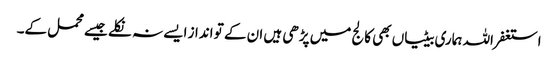
استغفر اللہ ہماری بیٹیاں بھی کالج میں پڑھی ہیں ان کے تو انداز ایسے نہ نکلے جیسے محمل کے۔